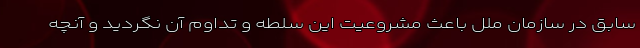
سابق در سازمان ملل باعث مشروعیت این سلطه و تداوم آن نگردید و آنچه